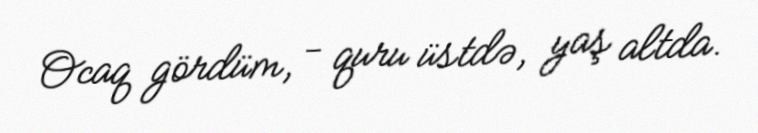
Ocaq gördüm, - quru üstdə, yaş altda.